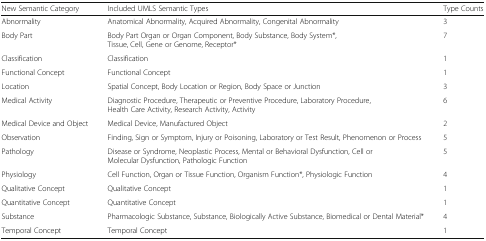
| New Semantic Category | Included UMLS Semantic Types | Type Counts |
 | --- | --- | --- |
 | Abnormality | Anatomical Abnormality, Acquired Abnormality, Congenital Abnormality | 3 |
 | Body Part | Body Part Organ or Organ Component, Body Substance, Body System*, Tissue, Cell, Gene or Genome, Receptor* | 7 |
 | Classification | Classification | 1 |
 | Functional Concept | Functional Concept | 1 |
 | Location | Spatial Concept, Body Location or Region, Body Space or Junction | 3 |
 | Medical Activity | Diagnostic Procedure, Therapeutic or Preventive Procedure, Laboratory Procedure, Health Care Activity, Research Activity, Activity | 6 |
 | Medical Device and Object | Medical Device, Manufactured Object | 2 |
 | Observation | Finding, Sign or Symptom, Injury or Poisoning, Laboratory or Test Result, Phenomenon or Process | 5 |
 | Pathology | Disease or Syndrome, Neoplastic Process, Mental or Behavioral Dysfunction, Cell or Molecular Dysfunction, Pathologic Function | 5 |
 | Physiology | Cell Function, Organ or Tissue Function, Organism Function*, Physiologic Function | 4 |
 | Qualitative Concept | Qualitative Concept | 1 |
 | Quantitative Concept | Quantitative Concept | 1 |
 | Substance | Pharmacologic Substance, Substance, Biologically Active Substance, Biomedical or Dental Material* | 4 |
 | Temporal Concept | Temporal Concept | 1 |